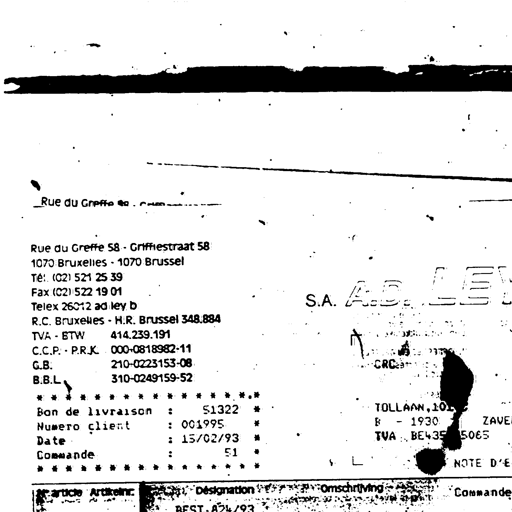
Rue du Greffe 58 - Griffiestraat 58
1070 Bruxelles - 1070 Brussel
Tél. (02) 521 25 39
Fax (02) 522 19 01
Telex 26012 ad ley b
R.C. Bruxelles - H.R. Brussel 348.884
TVA - BTW 414.239.191
C.C.P. - P.R.K. 000-0818982-11
G.B. 210-0223153-08
B.B.L. 310-0249159-52
S.A. A.D. LEW
CRC
TOLLAAN, 101
B - 1930 ZAVE
TVA BE435 5065
Bon de livraison : 51322
Numéro client : 001995
Date : 15/02/93
Commande : 51
NOTE D'E
article Artikelnr. Désignation Omschrijving Commande
BEST.A24/93